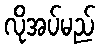
လိုအပ်မည်